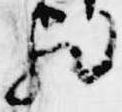
歟